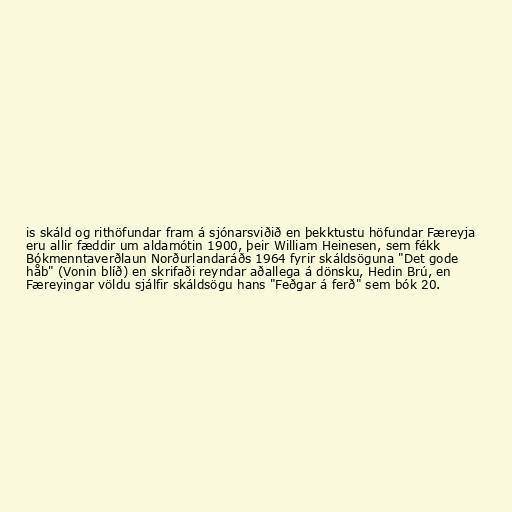
is skáld og rithöfundar fram á sjónarsviðið en þekktustu höfundar Færeyja
eru allir fæddir um aldamótin 1900, þeir William Heinesen, sem fékk
Bókmenntaverðlaun Norðurlandaráðs 1964 fyrir skáldsöguna "Det gode
håb" (Vonin blíð) en skrifaði reyndar aðallega á dönsku, Hedin Brú, en
Færeyingar völdu sjálfir skáldsögu hans "Feðgar á ferð" sem bók 20.